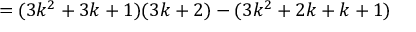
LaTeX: = ( 3 k ^ { 2 } + 3 k + 1 ) ( 3 k + 2 ) - ( 3 k ^ { 2 } + 2 k + k + 1 )